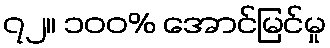
၇၂။ ၁၀၀% အောင်မြင်မှု